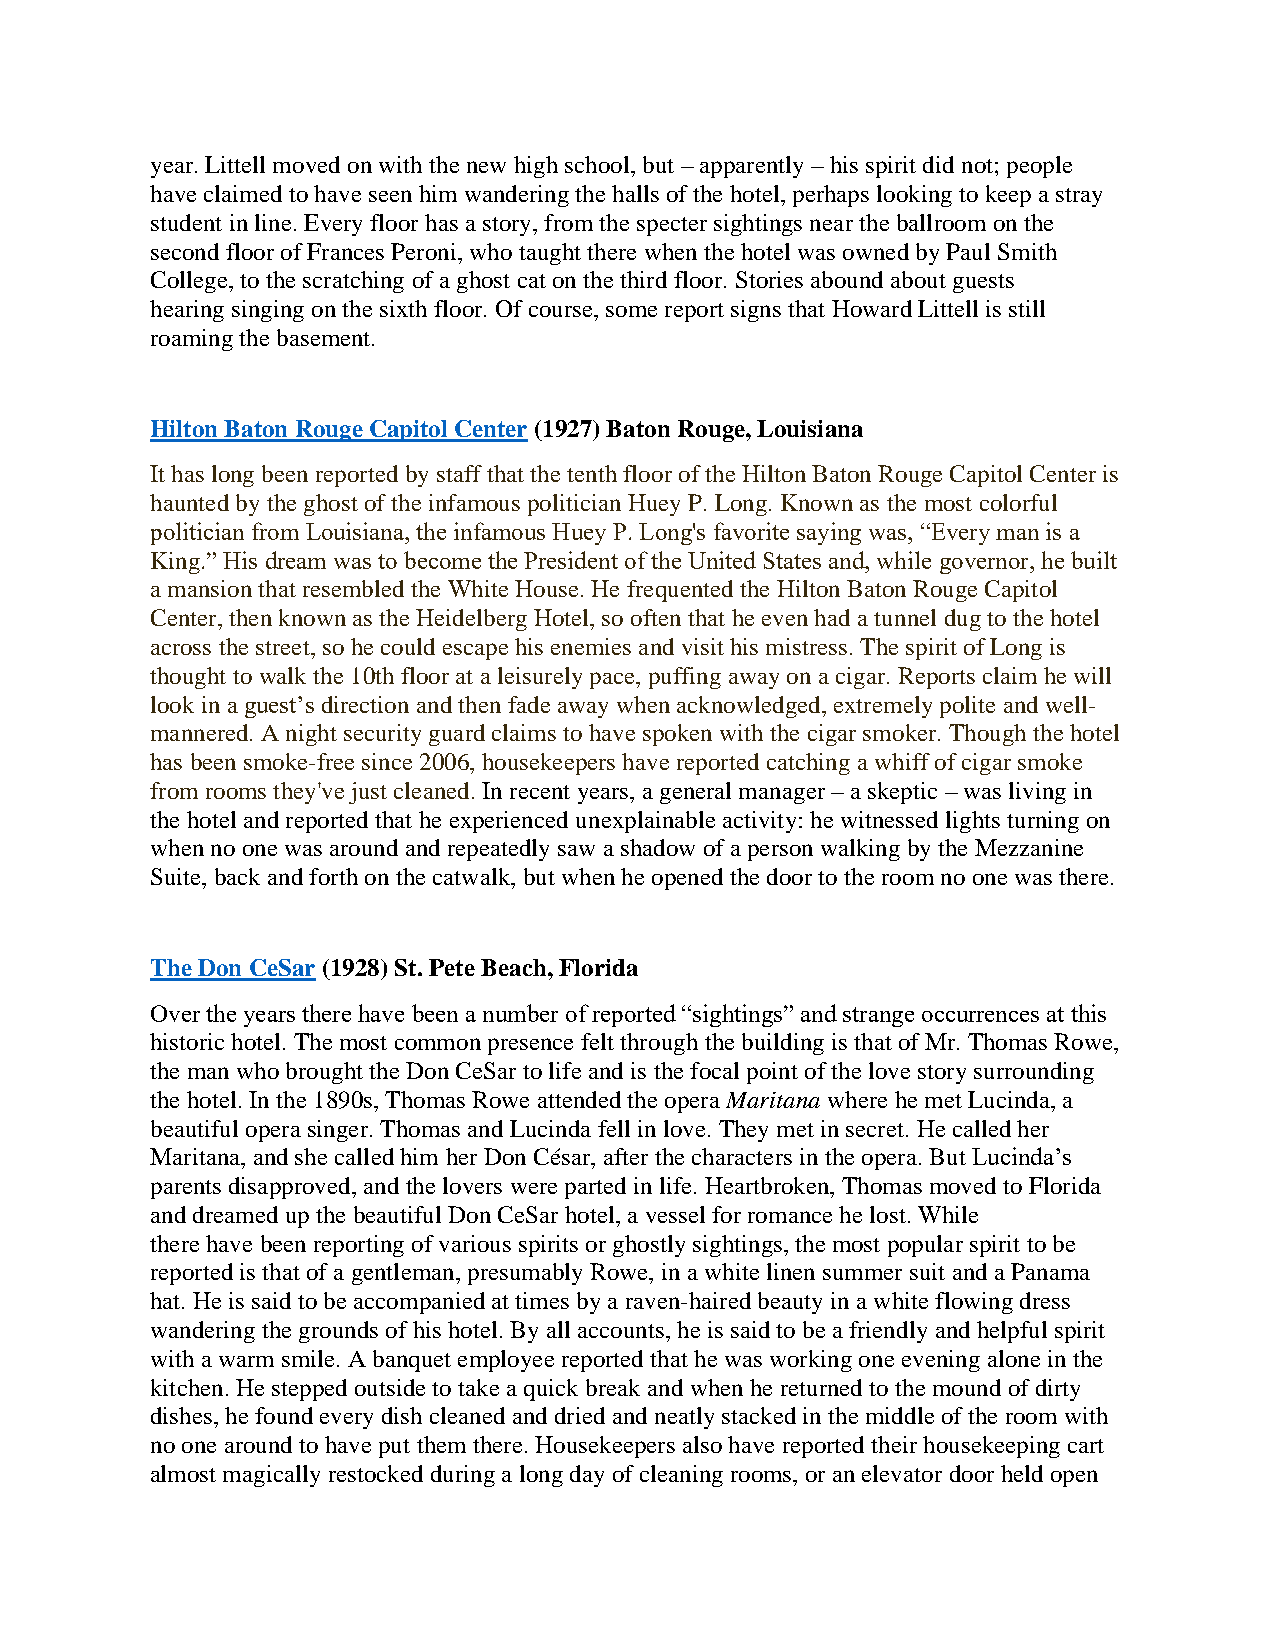
year. Littell moved on with the new high school, but – apparently – his spirit did not; people
 have claimed to have seen him wandering the halls of the hotel, perhaps looking to keep a stray
 student in line. Every floor has a story, from the specter sightings near the ballroom on the
 second floor of Frances Peroni, who taught there when the hotel was owned by Paul Smith
 College, to the scratching of a ghost cat on the third floor. Stories abound about guests
 hearing singing on the sixth floor. Of course, some report signs that Howard Littell is still
 roaming the basement.
 Hilton Baton Rouge Capitol Center (1927) Baton Rouge, Louisiana
 It has long been reported by staff that the tenth floor of the Hilton Baton Rouge Capitol Center is
 haunted by the ghost of the infamous politician Huey P. Long. Known as the most colorful
 politician from Louisiana, the infamous Huey P. Long's favorite saying was, “Every man is a
 King.” His dream was to become the President of the United States and, while governor, he built
 a mansion that resembled the White House. He frequented the Hilton Baton Rouge Capitol
 Center, then known as the Heidelberg Hotel, so often that he even had a tunnel dug to the hotel
 across the street, so he could escape his enemies and visit his mistress. The spirit of Long is
 thought to walk the 10th floor at a leisurely pace, puffing away on a cigar. Reports claim he will
 look in a guest’s direction and then fade away when acknowledged, extremely polite and well-
 mannered. A night security guard claims to have spoken with the cigar smoker. Though the hotel
 has been smoke-free since 2006, housekeepers have reported catching a whiff of cigar smoke
 from rooms they've just cleaned. In recent years, a general manager – a skeptic – was living in
 the hotel and reported that he experienced unexplainable activity: he witnessed lights turning on
 when no one was around and repeatedly saw a shadow of a person walking by the Mezzanine
 Suite, back and forth on the catwalk, but when he opened the door to the room no one was there.
 The Don CeSar (1928) St. Pete Beach, Florida
 Over the years there have been a number of reported “sightings” and strange occurrences at this
 historic hotel. The most common presence felt through the building is that of Mr. Thomas Rowe,
 the man who brought the Don CeSar to life and is the focal point of the love story surrounding
 the hotel. In the 1890s, Thomas Rowe attended the opera Maritana where he met Lucinda, a
 beautiful opera singer. Thomas and Lucinda fell in love. They met in secret. He called her
 Maritana, and she called him her Don César, after the characters in the opera. But Lucinda’s
 parents disapproved, and the lovers were parted in life. Heartbroken, Thomas moved to Florida
 and dreamed up the beautiful Don CeSar hotel, a vessel for romance he lost. While
 there have been reporting of various spirits or ghostly sightings, the most popular spirit to be
 reported is that of a gentleman, presumably Rowe, in a white linen summer suit and a Panama
 hat. He is said to be accompanied at times by a raven-haired beauty in a white flowing dress
 wandering the grounds of his hotel. By all accounts, he is said to be a friendly and helpful spirit
 with a warm smile. A banquet employee reported that he was working one evening alone in the
 kitchen. He stepped outside to take a quick break and when he returned to the mound of dirty
 dishes, he found every dish cleaned and dried and neatly stacked in the middle of the room with
 no one around to have put them there. Housekeepers also have reported their housekeeping cart
 almost magically restocked during a long day of cleaning rooms, or an elevator door held open